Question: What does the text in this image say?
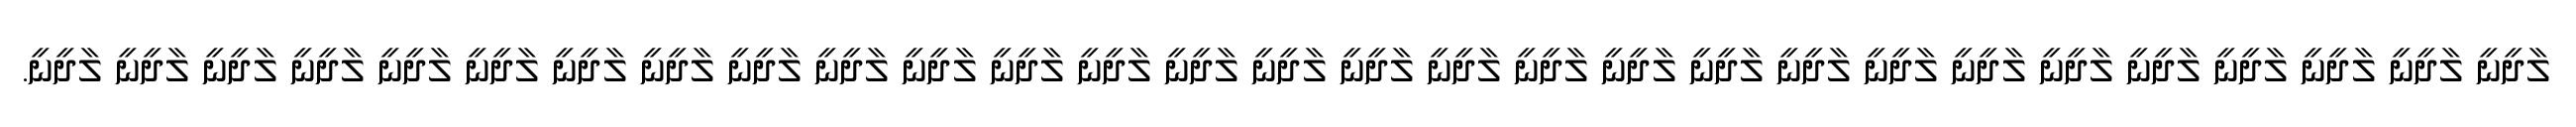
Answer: ލާދީނީ ލާދީނީ ލާދީނީ ލާދީނީ ލާދީނީ ލާދީނީ ލާދީނީ ލާދީނީ ލާދީނީ ލާދީނީ ލާދީނީ ލާދީނީ ލާދީނީ ލާދީނީ ލާދީނީ ލާދީނީ ލާދީނީ ލާދީނީ ލާދީނީ ލާދީނީ ލާދީނީ ލާދީނީ ލާދީނީ ލާދީނީ ލާދީނީ ލާދީނީ ލާދީނީ ލާދީނީ ލާދީނީ.